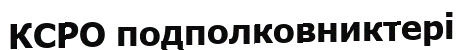
КСРО подполковниктері